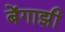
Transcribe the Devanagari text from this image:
बेंगाझी